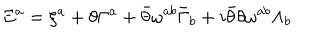
LaTeX: \Xi ^ { a } = \xi ^ { a } + \theta \Gamma ^ { a } + \bar { \theta } \omega ^ { a b } \bar { \Gamma } _ { b } + i \bar { \theta } \theta \omega ^ { a b } \Lambda _ { b }